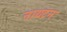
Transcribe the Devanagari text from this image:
नायटन